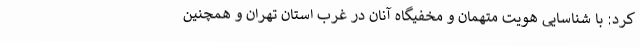
کرد: با شناسایی هویت متهمان و مخفیگاه آنان در غرب استان تهران و همچنین